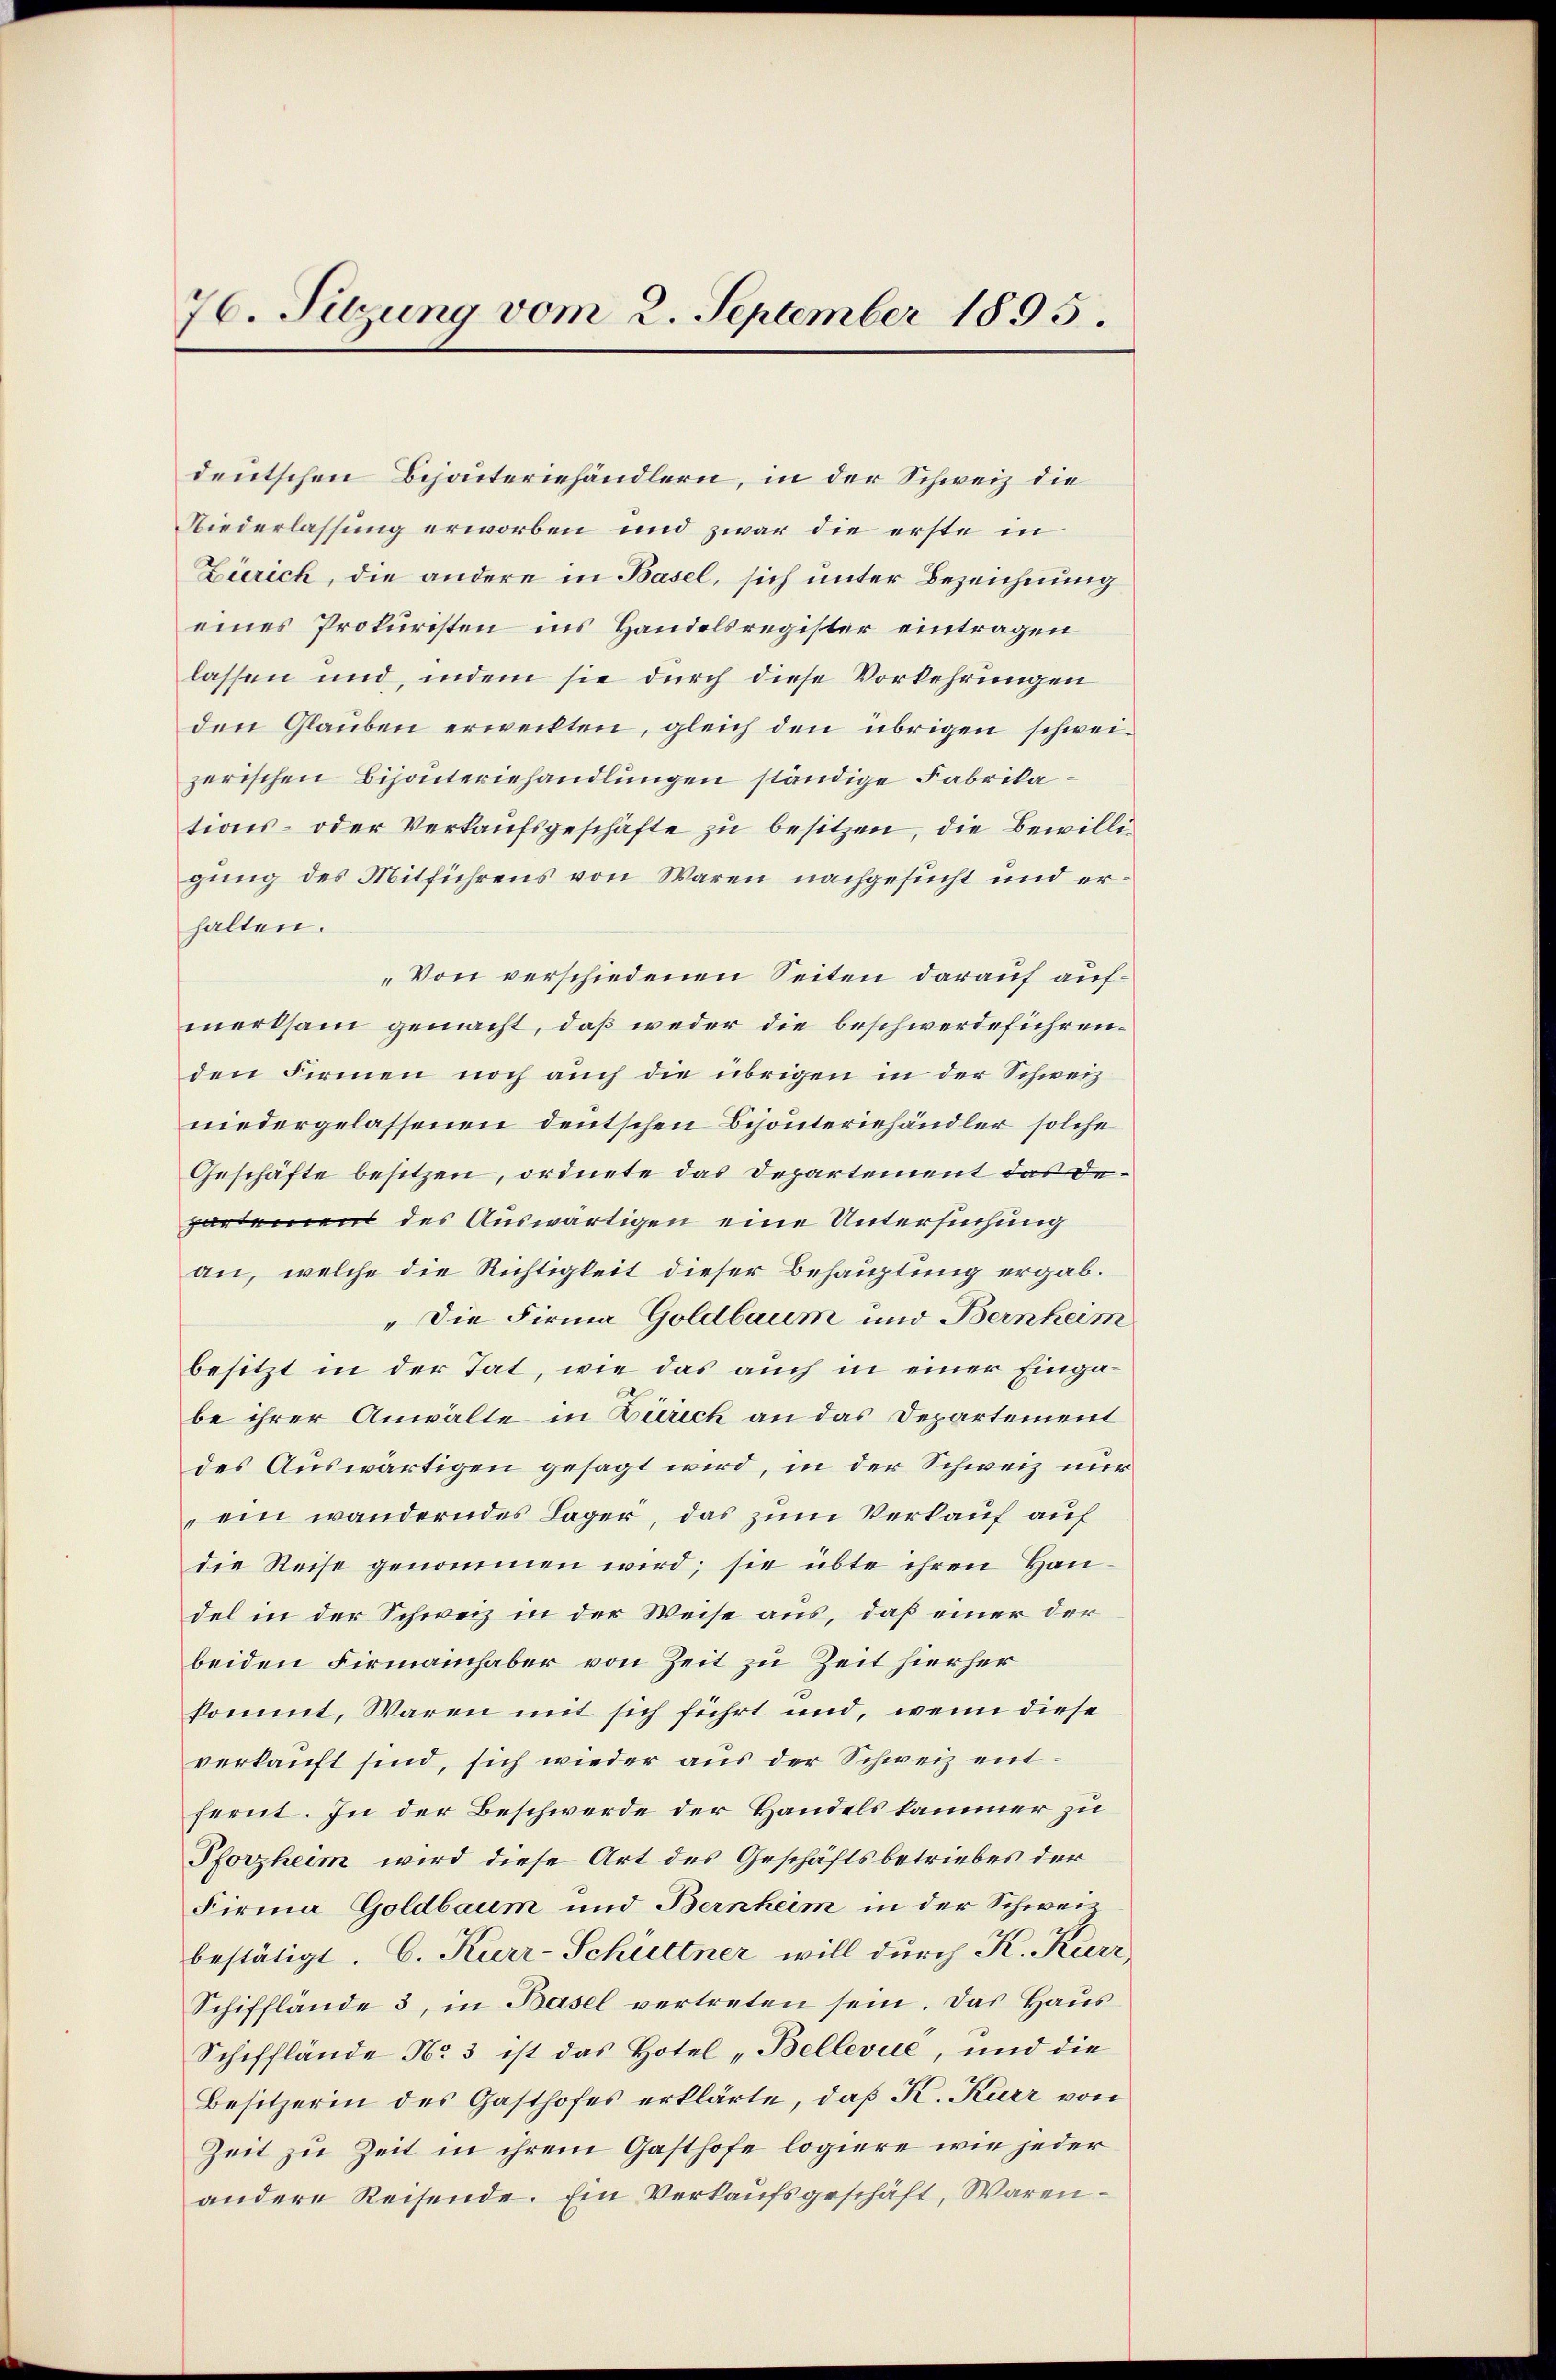
76. Sitzung vom 2. September 1895.

deutschen Behauteriehändlern, in der Schweiz die
Niederlassung erworben und zwar die erste in
Zürich, die andere in Basel, sich unter Bezeichnung
eines Prokuristen ins Handelsregister eintragen
lassen und, indem sie durch diese Vorkehrungen
den Glauben erweckten, gleich den übrigen schweizerischen Bijouteriehandlungen ständige Fabrikations- oder Verkaufsgeschäfte zu besitzen, die Bewilligung des Mitführens von Waren nachgesucht und erhalten.
„Von verschiedenen Seiten darauf aufmerksam gemacht, daß weder die beschwerdeführenden Firmen noch auch die übrigen in der Schweiz
niedergelassenen deutschen Byönteriehändler solche
Geschäfte besitzen, ordnete das Departement das Departement des Auswärtigen eine Untersuchung
an, welche die Richtigkeit dieser Behauptung ergab¬
„Die Firma Goldbaum und Bernheim
besitzt in der Tat, wie das auch in einer Eingabe ihrer Anwälte in Zürich an das Departement
des Auswärtigen gesagt wird, in der Schweiz nur
"ein wanderndes Lager, das zum Verkauf auf
die Reise genommen wird; sie übte ihren Handel in der Schweiz in der Weise aus, daß einer der
beiden Firmainhaber von Zeit zu Zeit hierher
kommt, Waren mit sich führt und, wenn diese
verkauft sind, sich wieder aus der Schweiz entfernt. In der Beschwerde der Handels kammer zu
Pforzheim wird diese Art des Geschäftsbetriebes der
Firma Goldbaum und Bernheim in der Schwei
bestätigt. C. Kurr-Schüttner will durch K. Kurz
Schifflände 3, in Basel vertreten sein. Das Haus¬
Schifflände No 3 ist das Hotel „Bellevue, und die
Besitzerin des Gasthofes erklärte, daß K. Kurz von
Zeit zu Zeit in ihrem Gasthofe logiere wie jeder
andere Reisende. Ein Verkaufsgeschäft, Waren¬